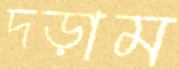
দড়াম